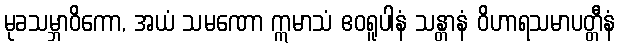
မုခသမ္ဘာဝိကော, အယံ သမဏော ဣမာသံ ဧဝရူပါနံ သန္တာနံ ဝိဟာရသမာပတ္တီနံ